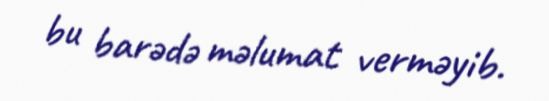
bu barədə məlumat verməyib.